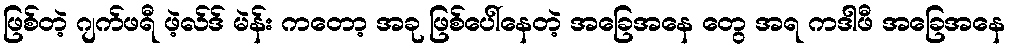
ဖြစ်တဲ့ ဂျက်ဖရီ ဖဲ့လ်ဒ် မဲန်း ကတော့ အခု ဖြစ်ပေါ်နေတဲ့ အခြေအနေ တွေ အရ ကဒါဖီ အခြေအနေ